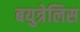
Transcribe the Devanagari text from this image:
बयुत्रेलिस